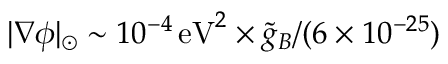
| \nabla \phi | _ { \odot } \sim 1 0 ^ { - 4 } \, \mathrm { e V } ^ { 2 } \times \ensuremath { \tilde { g } _ { B } } / ( 6 \times 1 0 ^ { - 2 5 } )